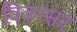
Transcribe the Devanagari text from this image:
विकासर